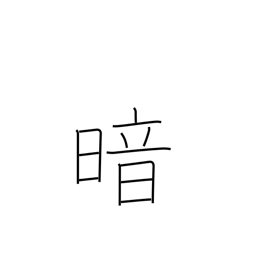
Meaning: be blinded